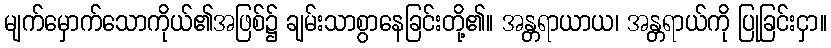
မျက်မှောက်သောကိုယ်၏အဖြစ်၌ ချမ်းသာစွာနေခြင်းတို့၏။ အန္တရာယာယ၊ အန္တရာယ်ကို ပြုခြင်းငှာ။